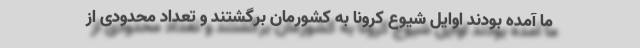
ما آمده بودند اوایل شیوع کرونا به کشورمان برگشتند و تعداد محدودی از